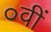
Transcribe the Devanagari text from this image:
०वीं